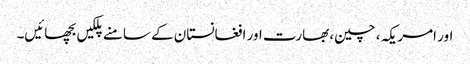
اور امریکہ ، چین، بھارت اور افغانستان کے سامنے پلکیں بچھائیں۔